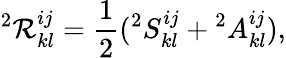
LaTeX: {}^{2}\mathcal{R}_{kl}^{ij}=\frac{{1}}{{2}}({}^{2}S_{kl}^{ij}+{}^{2}A_{kl}^{ij}),